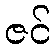
ဇင်